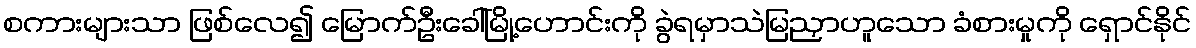
စကားများသာ ဖြစ်လေ၍ မြောက်ဦးခေါ်မြို့ဟောင်းကို ခွဲရမှာသဲမြညှာဟူသော ခံစားမှုကို ရှောင်နိုင်